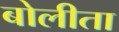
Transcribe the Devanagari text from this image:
बोलीता